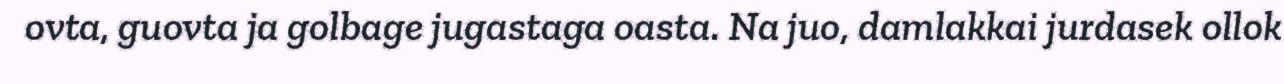
ovta, guovta ja golbage jugastaga oasta. Na juo, damlakkai jurdasek ollok